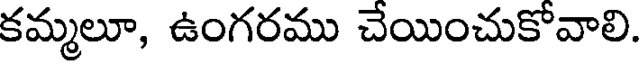
కమ్మలూ, ఉంగరము చేయించుకోవాలి.